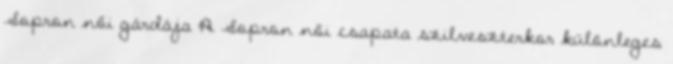
Sopron női gárdája A Sopron női csapata szilveszterkor különleges